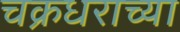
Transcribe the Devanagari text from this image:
चक्रधराच्या